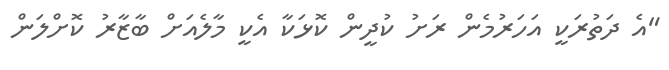
"އެ ދަތުރަކީ އަހަރުމެން ރަށު ކުދީން ކޮޅަކާ އެކީ މާލެއަށް ބާޒާރު ކޮށްލަން